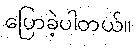
ပြောခဲ့ပါတယ်။